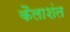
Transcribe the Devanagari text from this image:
कैलाशंत